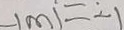
- \vert m \vert = - 1